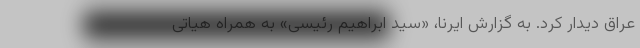
عراق دیدار کرد. به گزارش ایرنا، «سید ابراهیم رئیسی» به همراه هیاتی